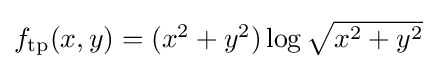
{\textstyle f_{\text{tp}}(x,y)=(x^{2}+y^{2})\log {\sqrt {x^{2}+y^{2}}}}